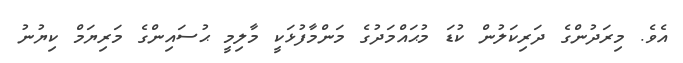
އެވެ. މިރަދުންގެ ދަރިކަލުން ކުޑަ މުޙައްމަދުގެ މަންމާފުޅަކީ މާލިމީ ޙުސައިންގެ މަރިޔަމް ކިޔުނު